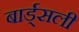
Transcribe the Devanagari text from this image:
बार्ड्सली